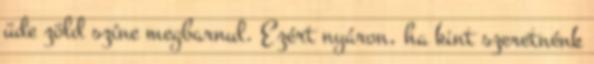
üde zöld színe megbarnul. Ezért nyáron, ha kint szeretnénk